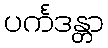
ပင်္ကဒန္တာ